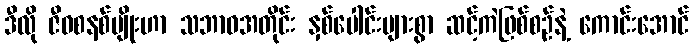
ဒီလို ဇီဝစနစ်မျိုးဟာ သဘာဝအတိုင်း နှစ်ပေါင်းများစွာ ဆင့်ကဲဖြစ်စဉ်နဲ့ ကောင်းအောင်